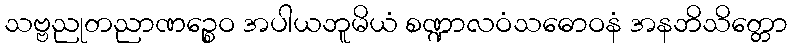
သဗ္ဗညုတညာဏဉ္စေဝ အပါယဘူမိယံ စဏ္ဍာလဝံသဓောဝနံ အနဘိသိတ္တော